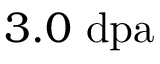
3 . 0 \ \mathrm { d p a }